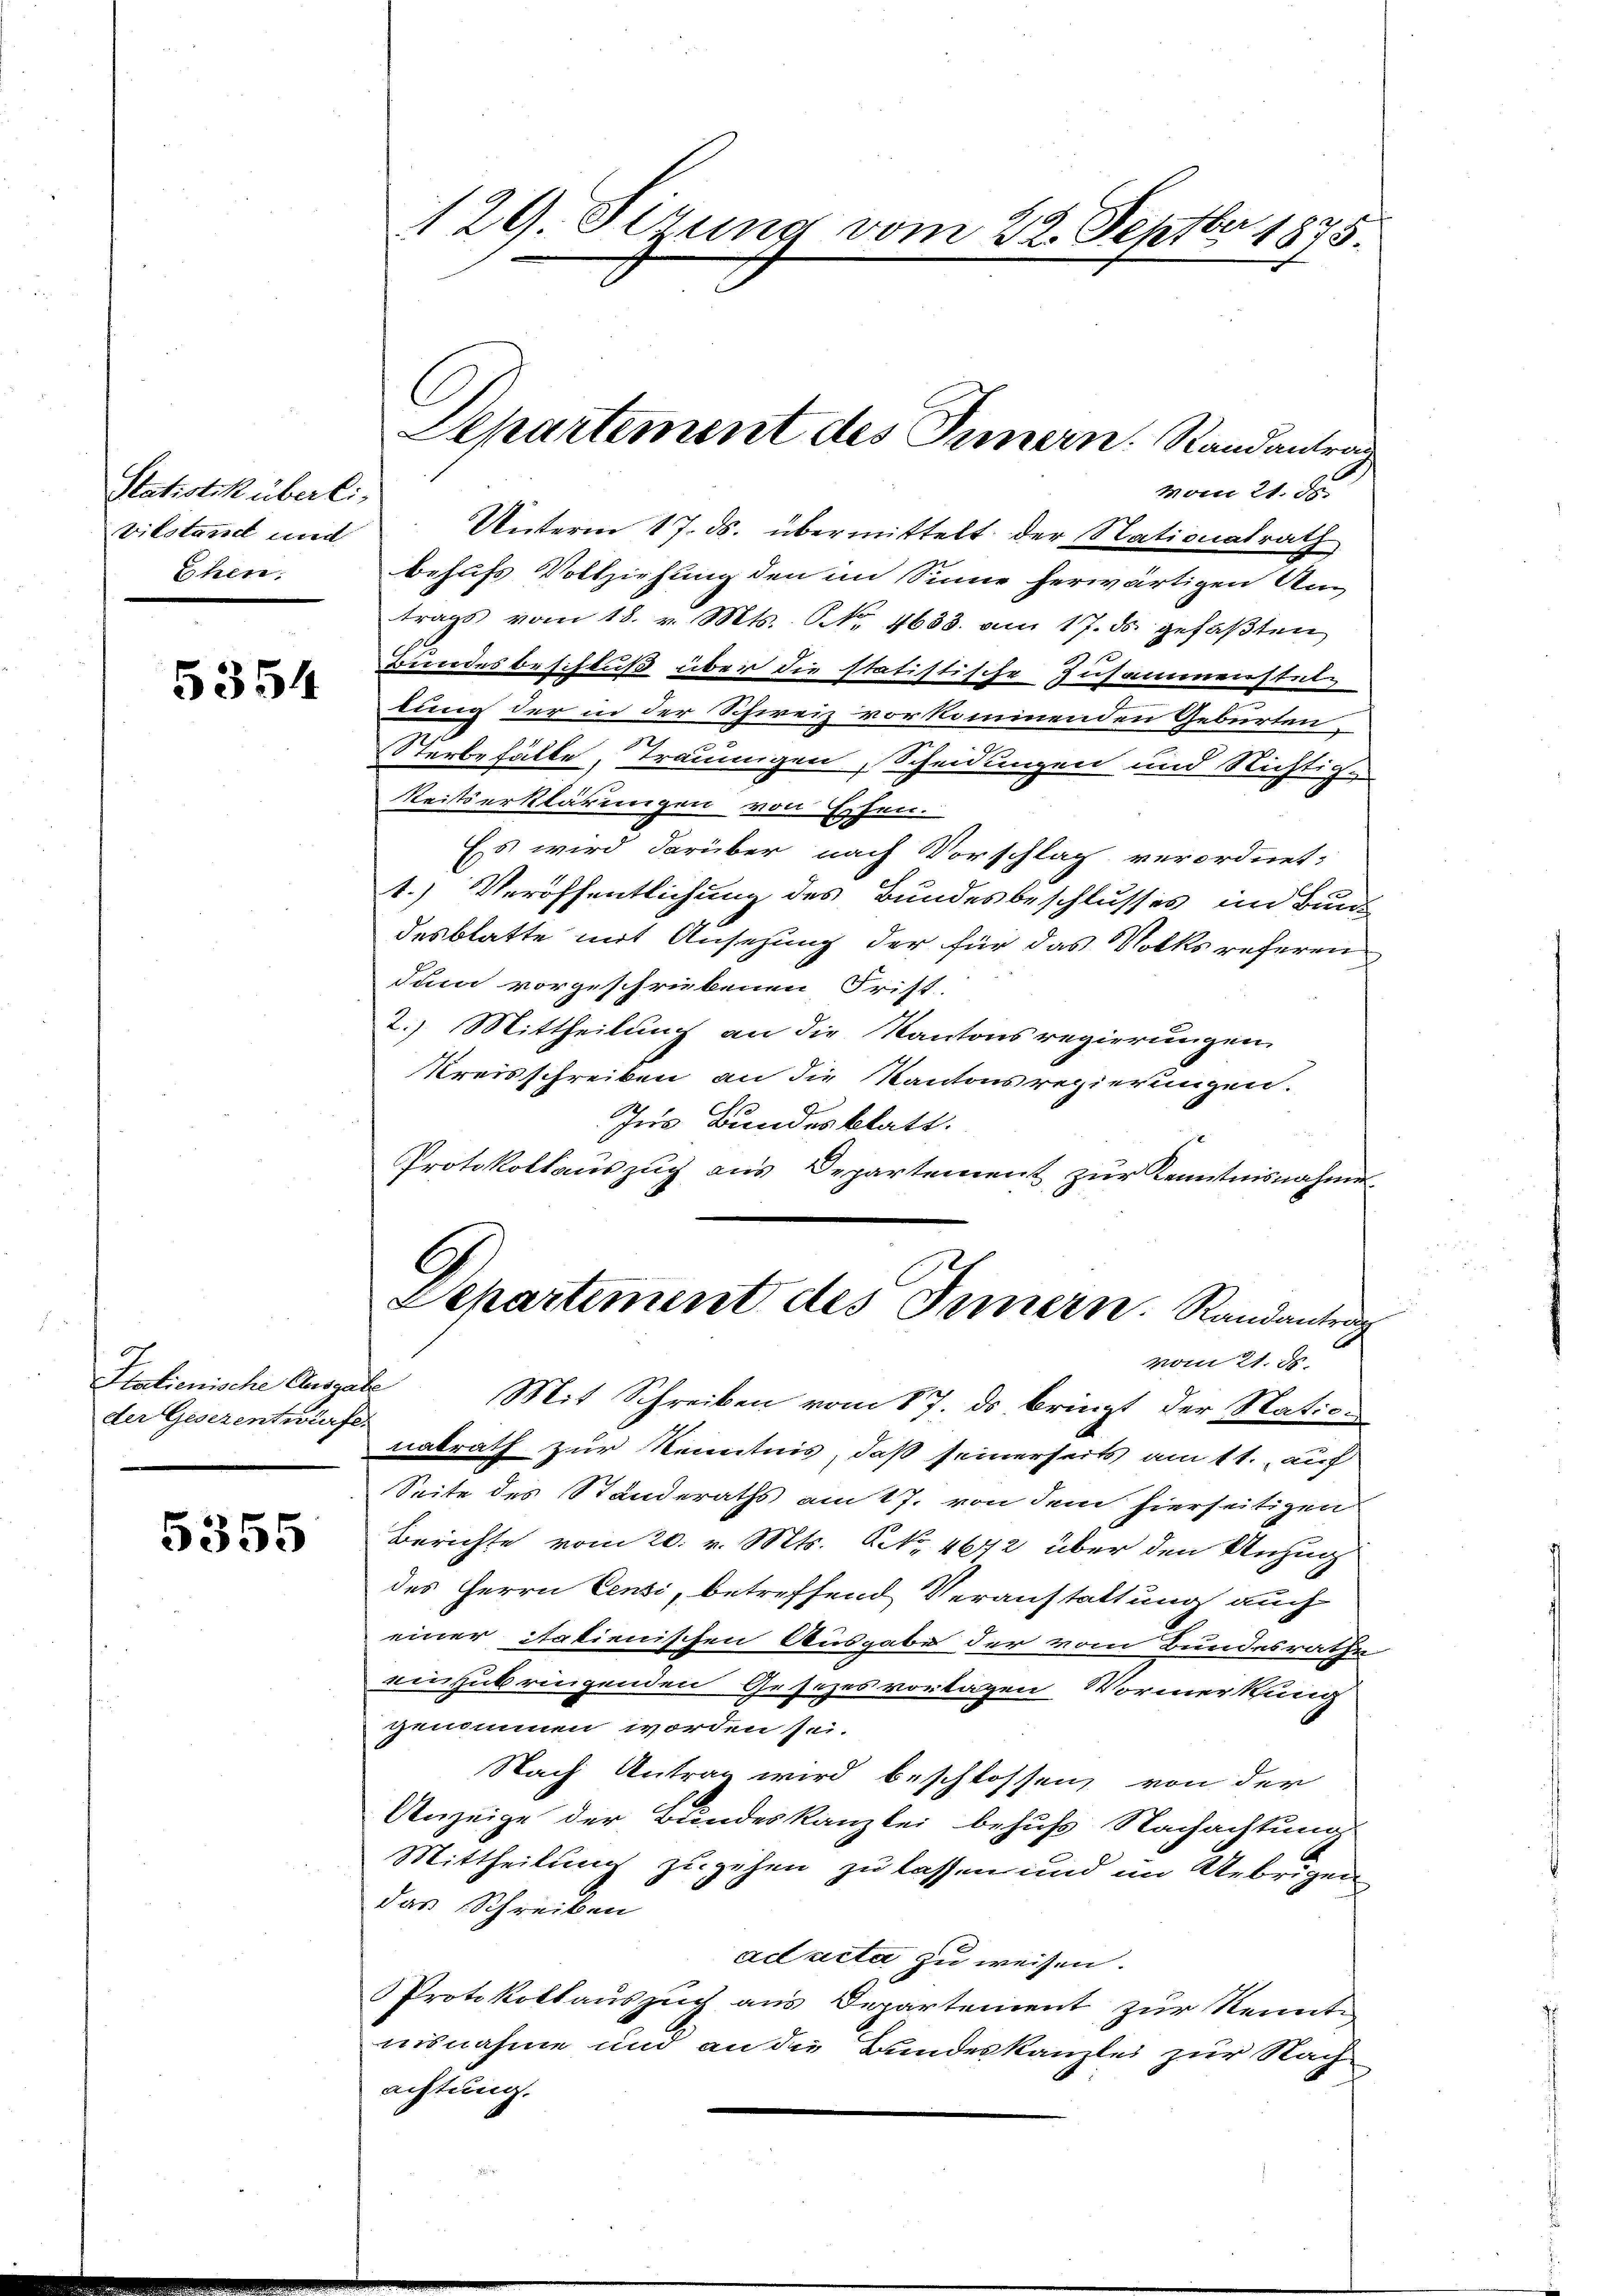
Statistik überli,
vilstand und
Ehen.

5354

Italienische Ausrate
der Gesezentwürfe.

5355

129. Serung vom 22. Septbr 1875

vom 21. ds.
Unterm 17. ds. übermittelt der Nationalrath
behufs Vollziehung den im Sinne herwärtigen Antrags vom 18. v. Mts. No. 4633. am 17. ds gefaβten
.
Bundesbeschluß über die statistische Zusammenstutz
bung der in der Schweiz vorkommenden Geburten
Sterbefälle, Trauungen, Scheidungen und Nichtige
Reitserklärungen von Essen.
Es wird darüber nach Vorschlag verordnet:
1.) Veröffentlichung des Bundesbeschlusses im Bund
desblatte mit Ansehung der für das Volksreferen
dum vorgeschriebenen Frist.
2.) Mittheilung an die Kantonsregierungen
Kreisschreiben an die Kantonsregierungen.
Ins Bundesblatt.
Protokollauszug aus Departement zur Kenntnisnahme
Separtement des Innern. Randantrag
vom 21. d.
Mit Schreiben vom 17. ds bringt der Nation
natrath zur Kenntnis, daß seinerseits am 11. auf
Seite des Standeraths am 17. von dem hierseitigen
Berichte vom 20. v. Mts. Art. 4672 über den Anzug
des Herrn Censi, betreffend Veranstattung auch
einer italienischen Ausgabe der vom Bundesrathe
einzubringenden Gesezesvortagen Vormerkung
genommen worden sei.
Nach Antrag wird beschlossen, von der
Anzeige der Bundeskanzlei behufs Nachachtung
Mittheilung zugehen zu lassen und im Uebrigen
das Schreiben
ad acta zu weisen.
Protokollauszuch aus Departement zur Kenntn
iisnahme und an die Bundeskanzlei zur Nach
achtung.

l

Departement des Innern. Randantrag